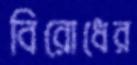
বিরোধের